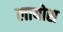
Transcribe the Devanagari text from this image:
लायोस